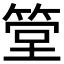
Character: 𥮶